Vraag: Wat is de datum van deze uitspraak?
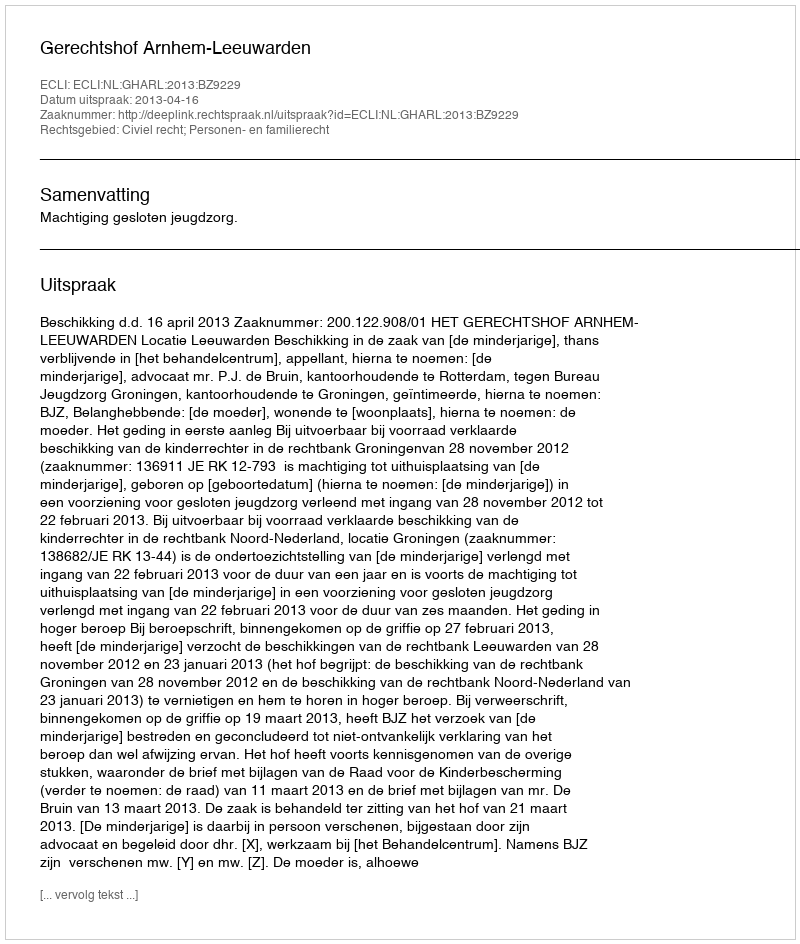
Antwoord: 2013-04-16